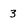
Character: 3